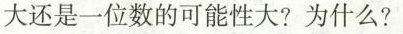
大还是一位数的可能性大?为什么?